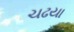
ચઢયા